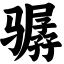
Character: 骣